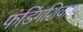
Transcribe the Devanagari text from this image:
फंडिंगशिवाय